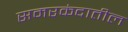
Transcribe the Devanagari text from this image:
समरकंदातील